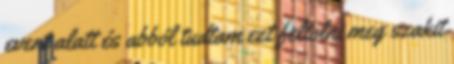
event alatt és abból tudtam ezt feltolni meg szakit